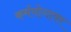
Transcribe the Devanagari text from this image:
कर्मयोगावर